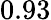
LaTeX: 0.93